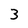
Character: 3